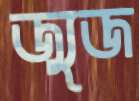
জ্যুজ